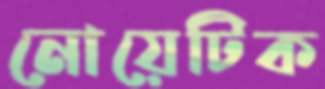
নোয়েটিক